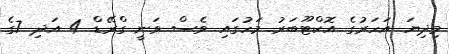
މިދިޔަ އަހަރުގެ އޮކްޓޫބަރު މަހުގައި ވެސް ވަނީ ގްރޭޑް 4 އަދި 7ގެ